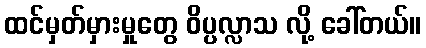
ထင်မှတ်မှားမှုတွေ ဝိပ္ပလ္လာသ လို့ ခေါ်တယ်။